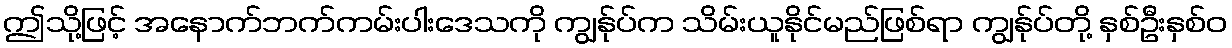
ဤသို့ဖြင့် အနောက်ဘက်ကမ်းပါးဒေသကို ကျွန်ုပ်က သိမ်းယူနိုင်မည်ဖြစ်ရာ ကျွန်ုပ်တို့ နှစ်ဦးနှစ်ဝ